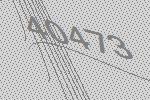
40473